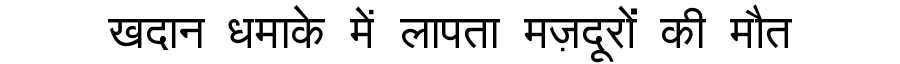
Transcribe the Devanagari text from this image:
खदान धमाके में लापता मज़दूरों की मौत